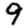
Digit: 9